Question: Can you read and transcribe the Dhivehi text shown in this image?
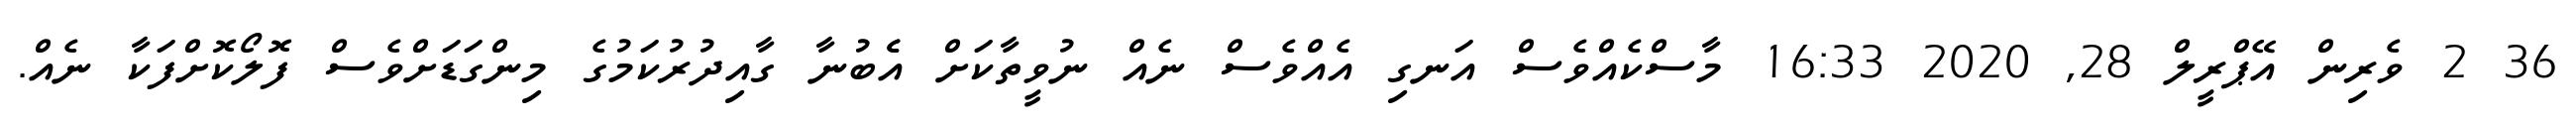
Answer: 36 2 ވެރިން އޭޕްރީލް 28, 2020 16:33 މާސްކެއްވެސް އަނގި އެއްވެސް ނެއް ނުވީތާކަށް އެެބުނާ ގާއިދުރުކަމުގެ މިންގަޑަށްވެސް ފޮލޯކޮށްފަކާ ނެއް.